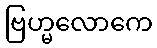
ဗြဟ္မလောကေ